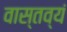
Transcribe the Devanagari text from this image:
वास्तव्यं